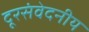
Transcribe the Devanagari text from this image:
दूरसंवेदनीय